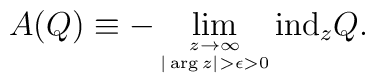
A(Q)\equiv -\lim_{\stackrel{z\rightarrow \infty}{\scriptscriptstyle |\arg z|>\epsilon >0}}\mbox{ind}_z Q.